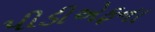
પીડીએફના